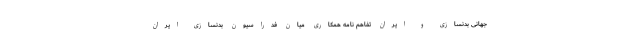
جهانی بدنسازی و ایران تفاهم نامه همکاری میان فدراسیون بدنسازی ایران